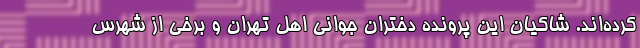
کرده‌اند. شاکیان این پرونده دختران جوانی اهل تهران و برخی از شهرس